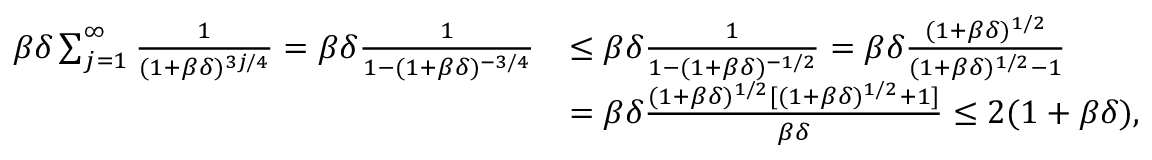
\begin{array} { r l } { \beta \delta \sum _ { j = 1 } ^ { \infty } \frac { 1 } { ( 1 + \beta \delta ) ^ { 3 j / 4 } } = \beta \delta \frac { 1 } { 1 - ( 1 + \beta \delta ) ^ { - 3 / 4 } } } & { \leq \beta \delta \frac { 1 } { 1 - ( 1 + \beta \delta ) ^ { - 1 / 2 } } = \beta \delta \frac { ( 1 + \beta \delta ) ^ { 1 / 2 } } { ( 1 + \beta \delta ) ^ { 1 / 2 } - 1 } } \\ & { = \beta \delta \frac { ( 1 + \beta \delta ) ^ { 1 / 2 } [ ( 1 + \beta \delta ) ^ { 1 / 2 } + 1 ] } { \beta \delta } \leq 2 ( 1 + \beta \delta ) , } \end{array}